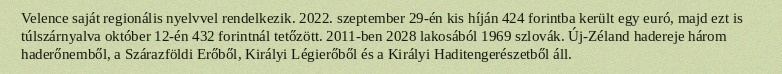
Velence saját regionális nyelvvel rendelkezik. 2022. szeptember 29-én kis híján 424 forintba került egy euró, majd ezt is túlszárnyalva október 12-én 432 forintnál tetőzött. 2011-ben 2028 lakosából 1969 szlovák. Új-Zéland hadereje három haderőnemből, a Szárazföldi Erőből, Királyi Légierőből és a Királyi Haditengerészetből áll.